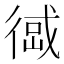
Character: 𢔹